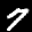
Label: 7